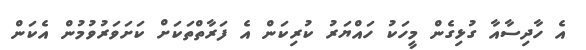
އެ ހާދިސާއާ ގުޅިގެން މީހަކު ހައްޔަރު ކުރިކަން އެ ފަރާތްތަކަށް ކަށަވަރުވުމުން އެކަން